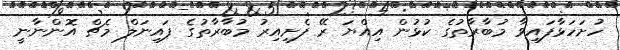
ހުށަހަޅާފައިވާ މުބާރާތުގެ ކުޅުން އިއްޔަ ރޭ ފެށިއިރު މުބާރާތުގެ ފައިނަލް މެޗް އޮންނާނީ